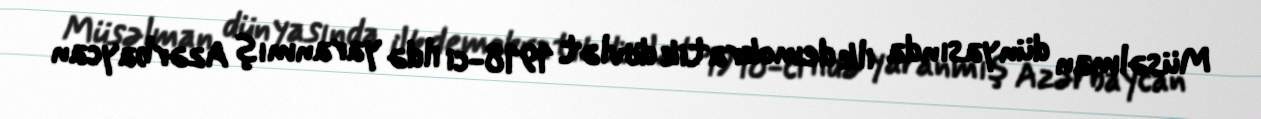
Müsəlman dünyasında ilk demokratik dövlət 1918-ci ildə yaranmış Azərbaycan